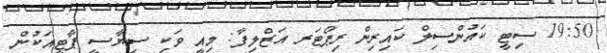
19:50 ސިޓީ ކައުންސިލް ކައިރިން ރިޕޯޓަރ އަޒްލިފާ: މިއީ ވަކި ސިޔާސީ ޕާޓީއަކުން